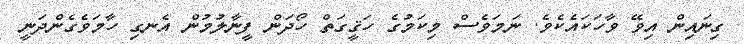
ގިނައިން އިވޭ ވާހަކައެކެވެ. ނަމަވެސް މިކަމުގެ ހަޤީގަތް ހޯދަން ފީނާލުމުން އެނގި ހާމަވެގެންދަނީ